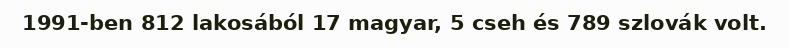
1991-ben 812 lakosából 17 magyar, 5 cseh és 789 szlovák volt.